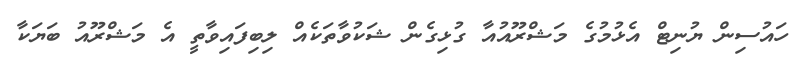
ހައުސިން ޔުނިޓް އެޅުމުގެ މަޝްރޫއުއާ ގުޅިގެން ޝަކުވާތަކެއް ލިބިފައިވާތީ އެ މަޝްރޫއު ބަޔަކާ